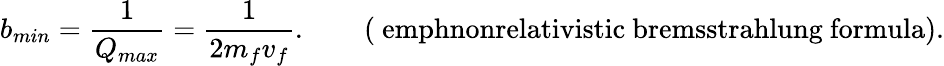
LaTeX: b_{min}=\frac{1}{Q_{max}}=\frac{1}{2m_{f}v_{f}}.\qquad\mathrm{(\ emph{nonrelativistic}~bremsstrahlung~formula).}